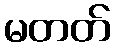
မတတ်